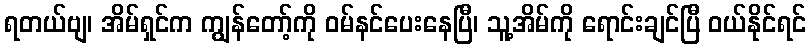
ရတယ်ဗျ၊ အိမ်ရှင်က ကျွန်တော့်ကို ဝမ်နင်ပေးနေပြီ၊ သူ့အိမ်ကို ရောင်းချင်ပြီ ဝယ်နိုင်ရင်